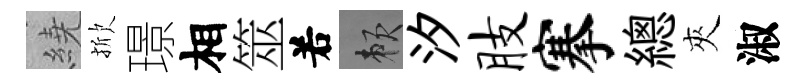
繞掀璟相筮𠰥賴汐肢搴總夾淑